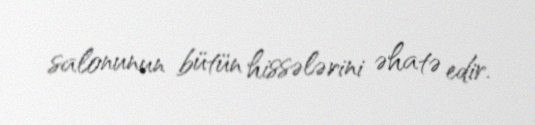
salonunun bütün hissələrini əhatə edir.